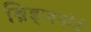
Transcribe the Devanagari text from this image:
ब्रिड्जपोर्ट